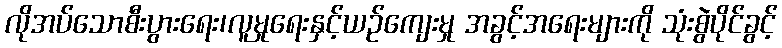
လိုအပ်သောစီးပွားရေး၊လူမှုရေးနှင့်ယဉ်ကျေးမှု အခွင့်အရေးများကို သုံးစွဲပိုင်ခွင့်